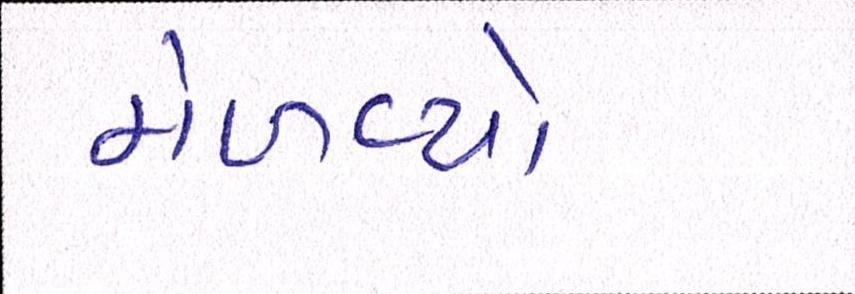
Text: મેળવ્યો